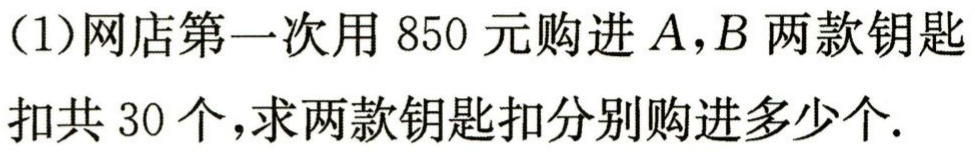
（1）网店第一次用 850 元购进 \(A,B\) 两款钥匙扣共 30 个，求两款钥匙扣分别购进多少个.